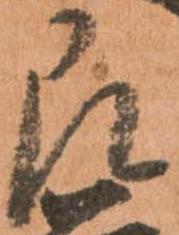
即